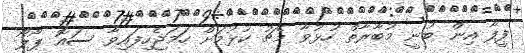
ފީފާ އިން ބުނީ މުބާރާތް ހުޅުވާ މެޗު ކުޅުމަށް ހަމަޖެހިފައިވާ ސައޮ ޕޯލޯ